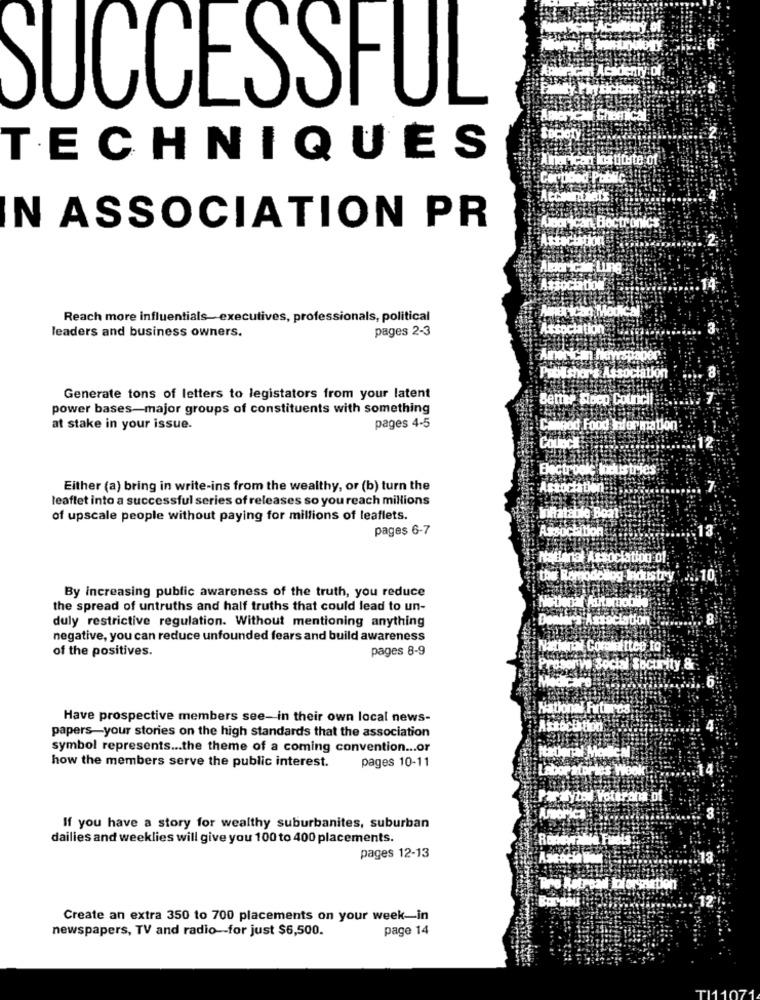
SUCCESSFUL
TECHNIQUES
ricon los titute of
ronics
N ASSOCIATION PR
Axtactation
Aborican Ling
Association
per ican Modical
Reach more influentials- executives, professionals, political
pages 2-3
Association
leaders and business owners.
ProUsher's Association
Generate tons of letters to legistators from your latent
Better Stoep Council
power bases-major groups of constituents with something
at stake in your issue.
pages 4-5
Calgod Food Information
Council
Electronic lodustries
Either (a) bring in write-ins from the wealthy, or (b) turn the
Association
leaflet into a successful series of releases so you reach millions
of upscale people without paying for millions of leaflets.
inflatable Boat
pages 6-7
Assoctition
Itatlenal Association of
the Romodellog Industry .... 10
By increasing public awareness of the truth, you reduce
the spread of untruths and half truths that could lead to un-
Noblenaf Automobile
Denkie's Association
duly restrictive regulation. Without mentioning anything
negative, you can reduce unfounded fears and build awareness
of the positives.
pages 8-9
National Committee to
Prosorve Social Security &
Medicare
National Frtardes
Have prospective members see- in their own local news-
papers-your stories on the high standards that the association
symbol represents ... the theme of a coming convention ... or
pages 10-11
how the members serve the public interest.
Ix yzol Poterana of
If you have a story for wealthy suburbanites, suburban
dailies and weeklies will give you 100 to 400 placements.
pages 12-13
Tro lotroad Tolorszurtion
Create an extra 350 to 700 placements on your week-in
newspapers, TV and radio -- for just $6,500.
page 14